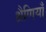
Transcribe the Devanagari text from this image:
श्रैणियाँ